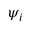
\psi _ { i }